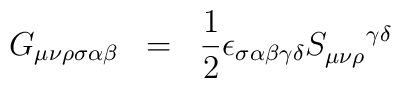
G_{\mu\nu\rho\sigma\alpha\beta} \;\; = \;\; \frac{1}{2} \epsilon_{\sigma\alpha\beta\gamma\delta} S_{\mu\nu\rho}^{\;\;\;\;\;\; \gamma\delta}